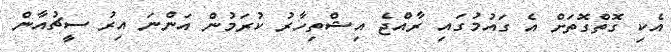
އެކި ގޮތްގޮތަށް އެ ގައުމުގައި ރާއްޖެ އިޝްތިހާރު ކުރަމުން އަންނަ އިރު ސީޗުއާން